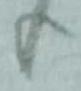
上